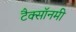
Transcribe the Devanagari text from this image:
टैक्सॉनमी